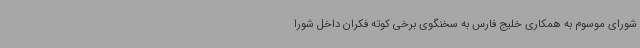
شورای موسوم به همکاری خلیج فارس به سخنگوی برخی کوته فکران داخل شورا